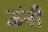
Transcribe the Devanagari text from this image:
ऊंनी